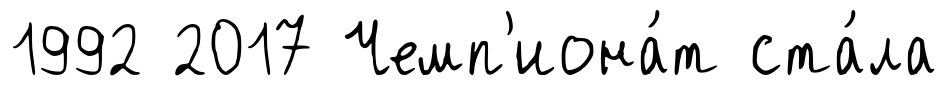
1992 2017 Чемп'иона́т ста́ла